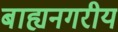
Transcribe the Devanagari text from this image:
बाह्यनगरीय